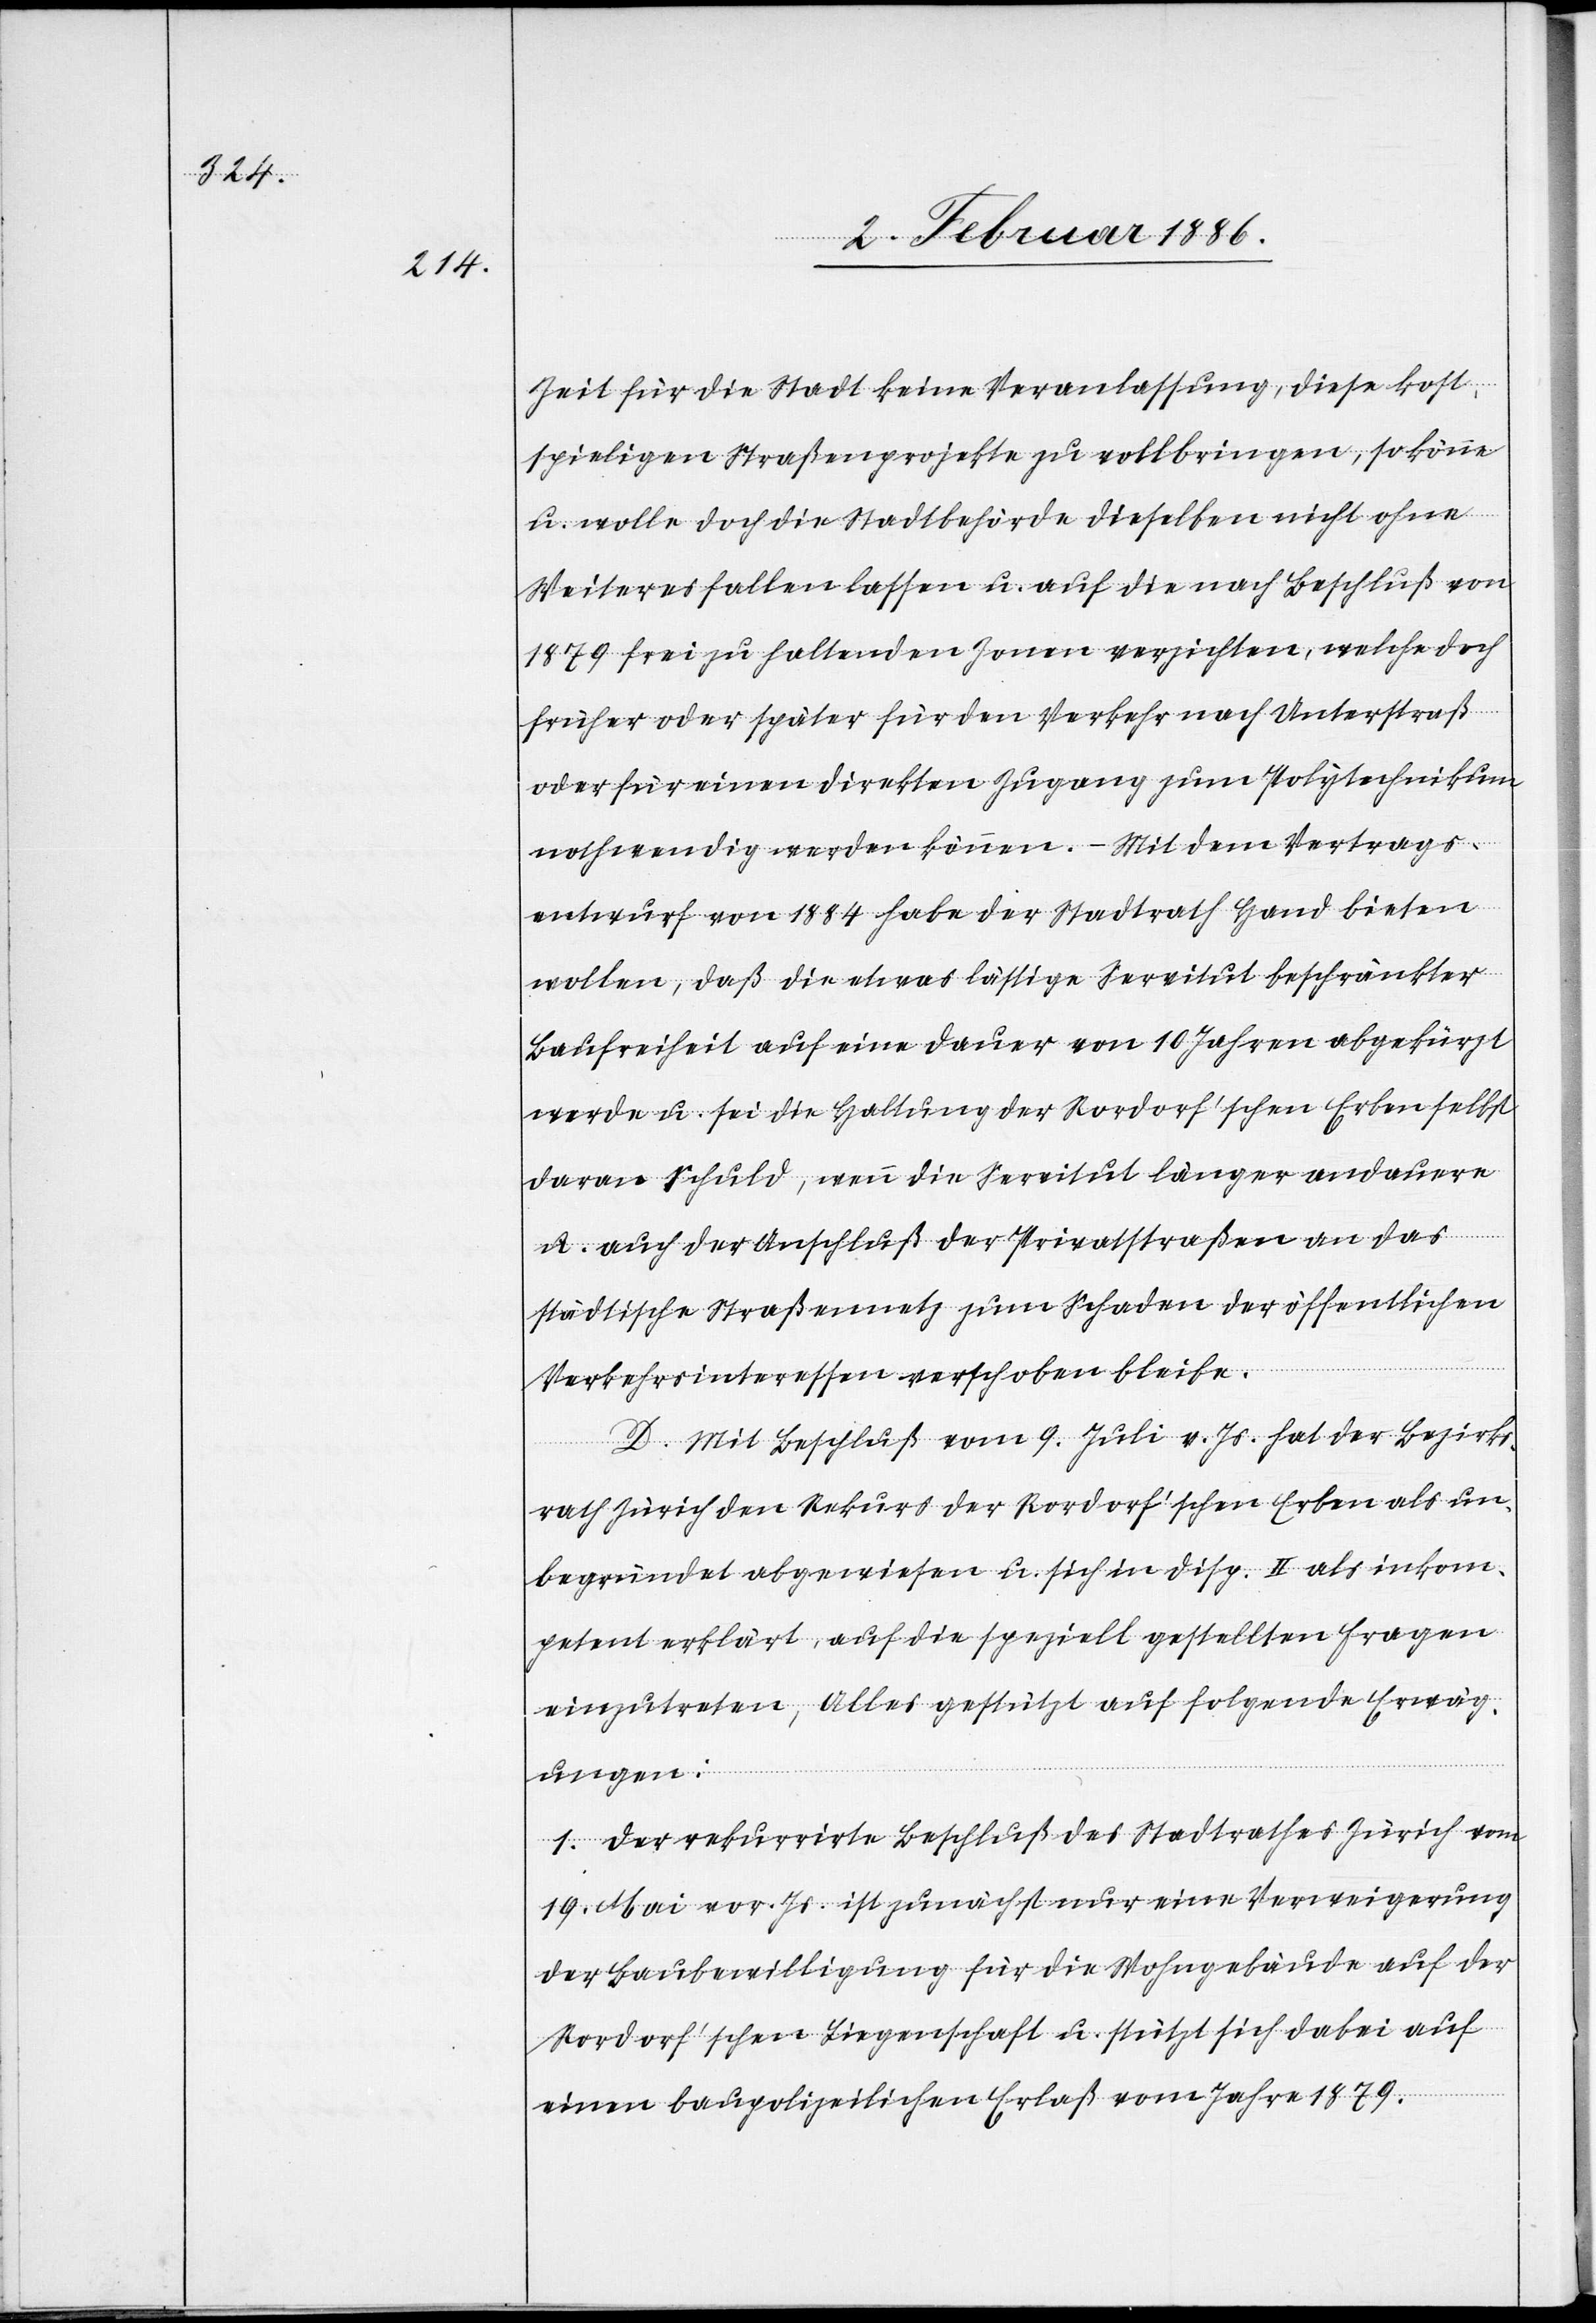
Zeit für die Stadt keine Veranlassung vorhanden, diese kost¬
spieligen Straßenprojekte zu vollbringen, so könne
u. wolle doch die Stadtbehörde dieselbe nicht ohne
Weiteres fallen lassen u. auf die nach Beschluß von
1879 frei zu haltenden Zonen verzichten, welche doch
früher oder später für den Verkehr nach Unterstraß
oder für einen direkten Zugang zum Polytechnikum
nothwendig werden können. – Mit dem Vertrags¬
entwurf von 1884 habe der Stadtrath Hand bieten
wollen, daß die etwas lästige Servitut beschränkter
Baufreiheit auf eine Dauer von 10 Jahren abgekürzt
werde u. sei die Haltung der Rordorf’schen Erben selbst
daran Schuld, wenn die Servitut länger andauere
u. auch der Anschluß der Privatstraßen an das
städtische Straßennetz zum Schaden der öffentlichen
Verkehrsinteressen verschoben bleibe.
D. Mit Beschluß vom 9. Juli v. Js. hat der Bezirks¬
rath Zürich den Rekurs der Rordorf’schen Erben als un¬
begründet abgewiesen u. sich in Disp. II als inkom¬
petent erklärt, auf die speziell gestellte Frage
einzutreten, alles gestützt auf folgende Erwäg¬
ungen:
1. Der rekurrirte Beschluß des Stadtrathes Zürich vom
19. Mai vor. Js. ist zunächst nur eine Verweigerung
der Baubewilligung für die Wohngebäude auf der
Rordorf’schen Liegenschaft u. stützt sich dabei auf
einen baupolizeilichen Erlaß vom Jahre 1879.